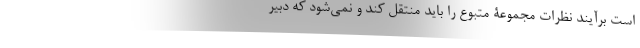
است برآیند نظرات مجموعۀ متبوع را باید منتقل کند و نمی‌شود که دبیر